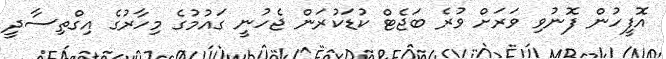
އޮފީހުން ފޮނުވި ވަރަށް ވުރެ ބަޖެޓް ކުޑަކުރަން ޖެހުނީ ގައުމުގެ މިހާރުގެ އިގްތިސާދީ